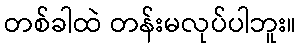
တစ်ခါထဲ တန်းမလုပ်ပါဘူး။